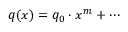
q ( x ) = q _ { 0 } \cdot x ^ { m } + \cdots